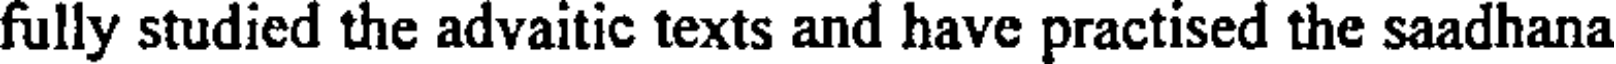
fully studied the advaitic texts and have practised the saadhana